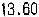
13.60